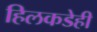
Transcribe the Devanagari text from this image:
हिलकडेही